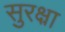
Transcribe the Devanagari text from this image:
सुरक्ष्रा